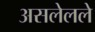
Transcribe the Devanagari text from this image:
असलेलले